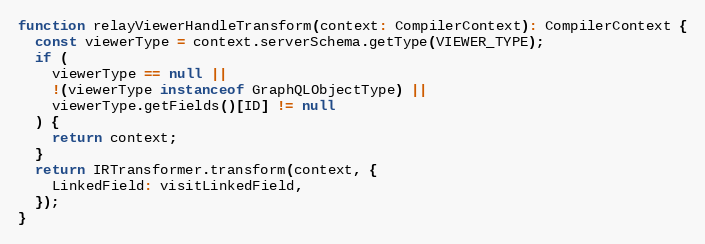
Language: JavaScript
function relayViewerHandleTransform(context: CompilerContext): CompilerContext {
  const viewerType = context.serverSchema.getType(VIEWER_TYPE);
  if (
    viewerType == null ||
    !(viewerType instanceof GraphQLObjectType) ||
    viewerType.getFields()[ID] != null
  ) {
    return context;
  }
  return IRTransformer.transform(context, {
    LinkedField: visitLinkedField,
  });
}